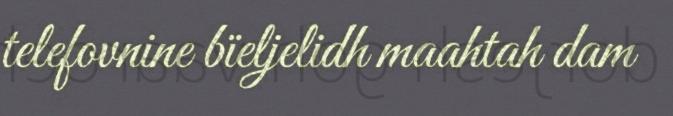
telefovnine bïeljelidh maahtah dam